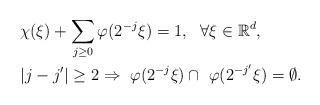
LaTeX: \begin{align*}&\chi(\xi)+\sum_{j\geq0}\varphi(2^{-j}\xi)=1,~~\forall \xi\in\mathbb{R}^d,\\&|j-j'|\geq2\Rightarrow ~\varphi(2^{-j}\xi)\cap ~\varphi(2^{-j'}\xi)=\emptyset.\end{align*}